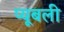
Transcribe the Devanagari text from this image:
प्यूबली